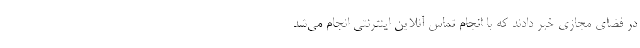
در فضای مجازی خبر دادند که با انجام تماس آنلاین اینترنتی انجام می‌شد